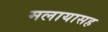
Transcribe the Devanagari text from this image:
मलायासह